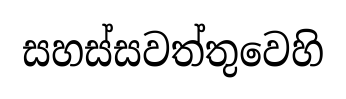
සහස්සවත්තුවෙහි